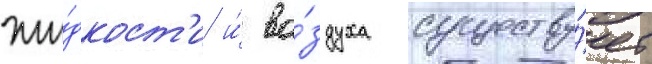
жи́дкост'и и́ во́здуха существу́ет